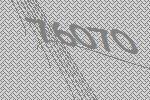
76070